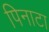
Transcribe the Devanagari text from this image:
पिनाटा